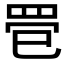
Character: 𦊳